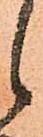
候